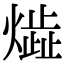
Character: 𤎠